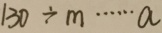
1 3 0 \div m \cdots a